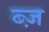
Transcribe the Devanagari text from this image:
ब्ज़